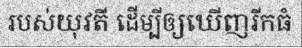
របស់យុវតី ដើម្បីឲ្យឃើញរីកធំ